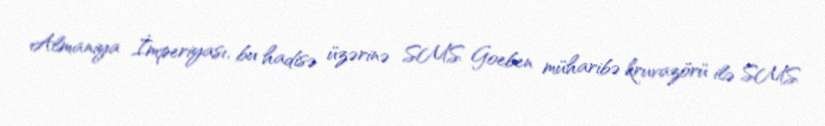
Almaniya İmperiyası, bu hadisə üzərinə SMS Goeben müharibə kruvazörü ilə SMS